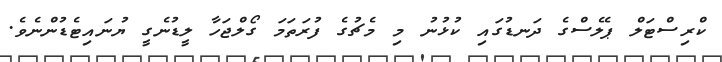
ކްރިސްޓަލް ޕެލެސްގެ ދަނޑުގައި ކުޅުނު މި މެޗުގެ ފުރަތަމަ ގޯލްޖަހާ ލީޑުނެގީ ޔުނައިޓެޑުންނެވެ.